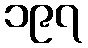
၁၉၇